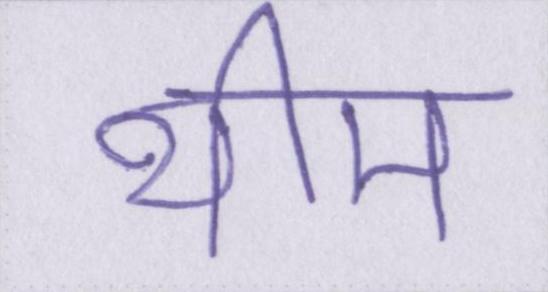
थीम